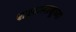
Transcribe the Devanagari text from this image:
शहरालासुध्दा